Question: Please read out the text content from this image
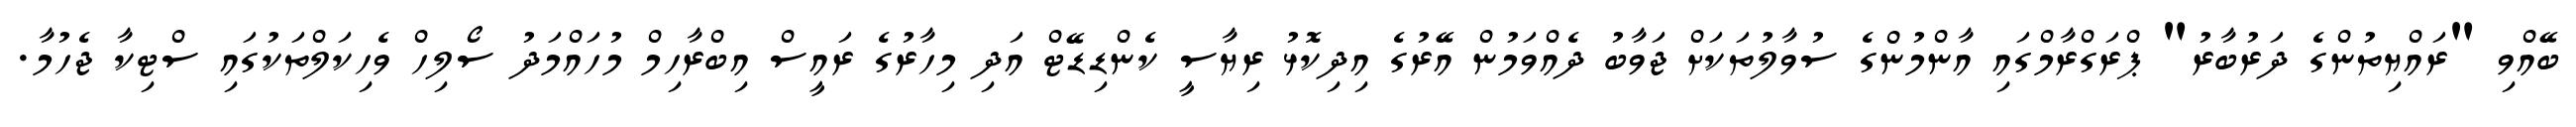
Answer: ބޭއްވި "ރައްޔިތުންގެ ދަރުބާރު" ޕްރަގްރާމްގައި އާންމުންގެ ސުވާލުތަކަށް ޖަވާބު ދެއްވަމުން އޭރުގެ އިދިކޮޅު ރިޔާސީ ކެންޑިޑޭޓް އަދި މިހާރުގެ ރައީސް އިބްރާހިމް މުހައްމަދު ސޯލިހް ވެހިކަލްތަކުގައި ސްޓިކާ ޖެހުމާ.